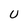
Character: U